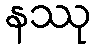
နဿု